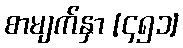
စာမျက်နှာ [၄၅၁]